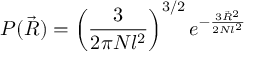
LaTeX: P ( { \vec { R } } ) = \left( { \frac { 3 } { 2 \pi N l ^ { 2 } } } \right) ^ { 3 / 2 } e ^ { - { \frac { 3 { \vec { R } } ^ { 2 } } { 2 N l ^ { 2 } } } }